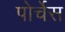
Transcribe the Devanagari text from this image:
पोर्चेस